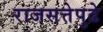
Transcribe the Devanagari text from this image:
राजसत्तेपुढे